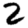
Digit: 2